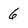
Character: 6